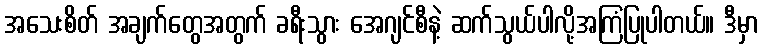
အသေးစိတ် အချက်တွေအတွက် ခရီးသွား အေဂျင်စီနဲ့ ဆက်သွယ်ပါလို့အကြံပြုပါတယ်။ ဒီမှာ